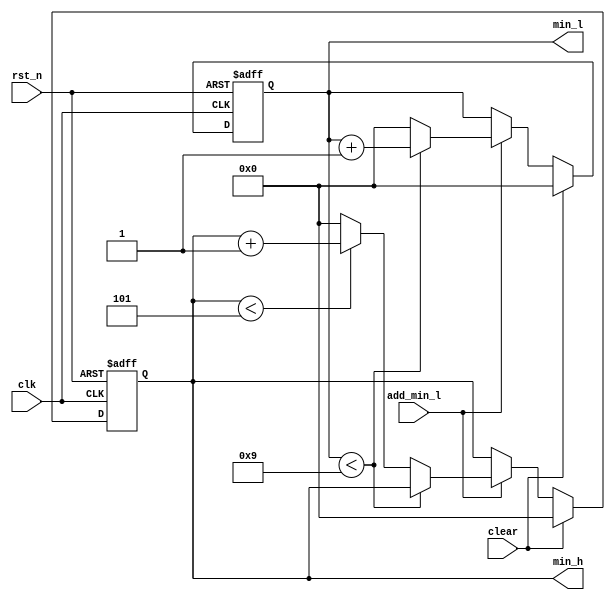
module min(
    input   clk,
    input   rst_n,
    input   clear,
    input   add_min_l,

    output  reg [3:0]   min_h,
    output  reg [3:0]   min_l
);


always @( posedge clk or negedge rst_n) begin
    if(~rst_n == 1'b1)begin
        min_l <= 4'b0;
        min_h <= 4'b0;
    end
    else begin
        if(clear == 1'b0)begin
            if(add_min_l==1'b1)begin
                if(min_l < 4'd9)begin       //min_l0~9
                    min_l <= min_l + 1'b1;
                end
                else begin                  //min_l9min_h+1
                    min_l <= 4'b0;
                    if(min_h < 4'd5)begin
                        min_h <= min_h + 1'b1;
                    end
                    else begin
                        min_h <= 4'b0;
                    end
                        end
                    end
            else
                ;
        end
        else begin
            min_l <= 4'b0;
            min_h <= 4'b0;
        end
    end
end

endmodule